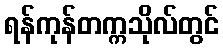
ရန်ကုန်တက္ကသိုလ်တွင်